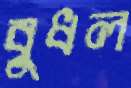
বুধল